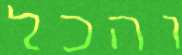
והכל